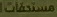
مستحقات